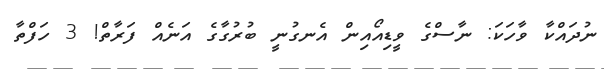
ނުދައްކާ ވާހަކަ: ނާސްގެ ވީޑިއޯއިން އެނގުނީ ބުރުގާގެ އަނެއް ފަރާތް! 3 ހަފްތާ